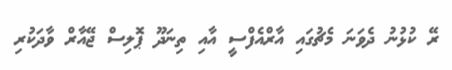
ރޭ ކުޅުނު ދެވަނަ މެޗުގައި އާރްއެފްސީ އާއި ތިނަދޫ ޕޮލިސް ޖޭއާރް ވާދަކުރި